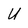
Character: U